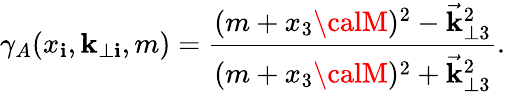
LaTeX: \gamma_{A}(x_{\mathbf{i}},\mathbf{k}_{\perp\mathbf{i}},m)=\frac{{(m+x_{3}{\calM})^{2}-\vec{{\mathbf{k}}}_{\perp3}^{2}}}{{(m+x_{3}{\calM})^{2}+\vec{{\mathbf{k}}}_{\perp3}^{2}}}.